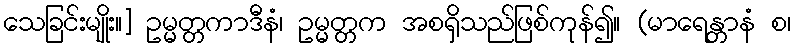
သေခြင်းမျိုး။] ဥမ္မတ္တကာဒီနံ၊ ဥမ္မတ္တက အစရှိသည်ဖြစ်ကုန်၍။ (မာရေန္တာနံ စ၊